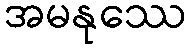
အမနုဿေ